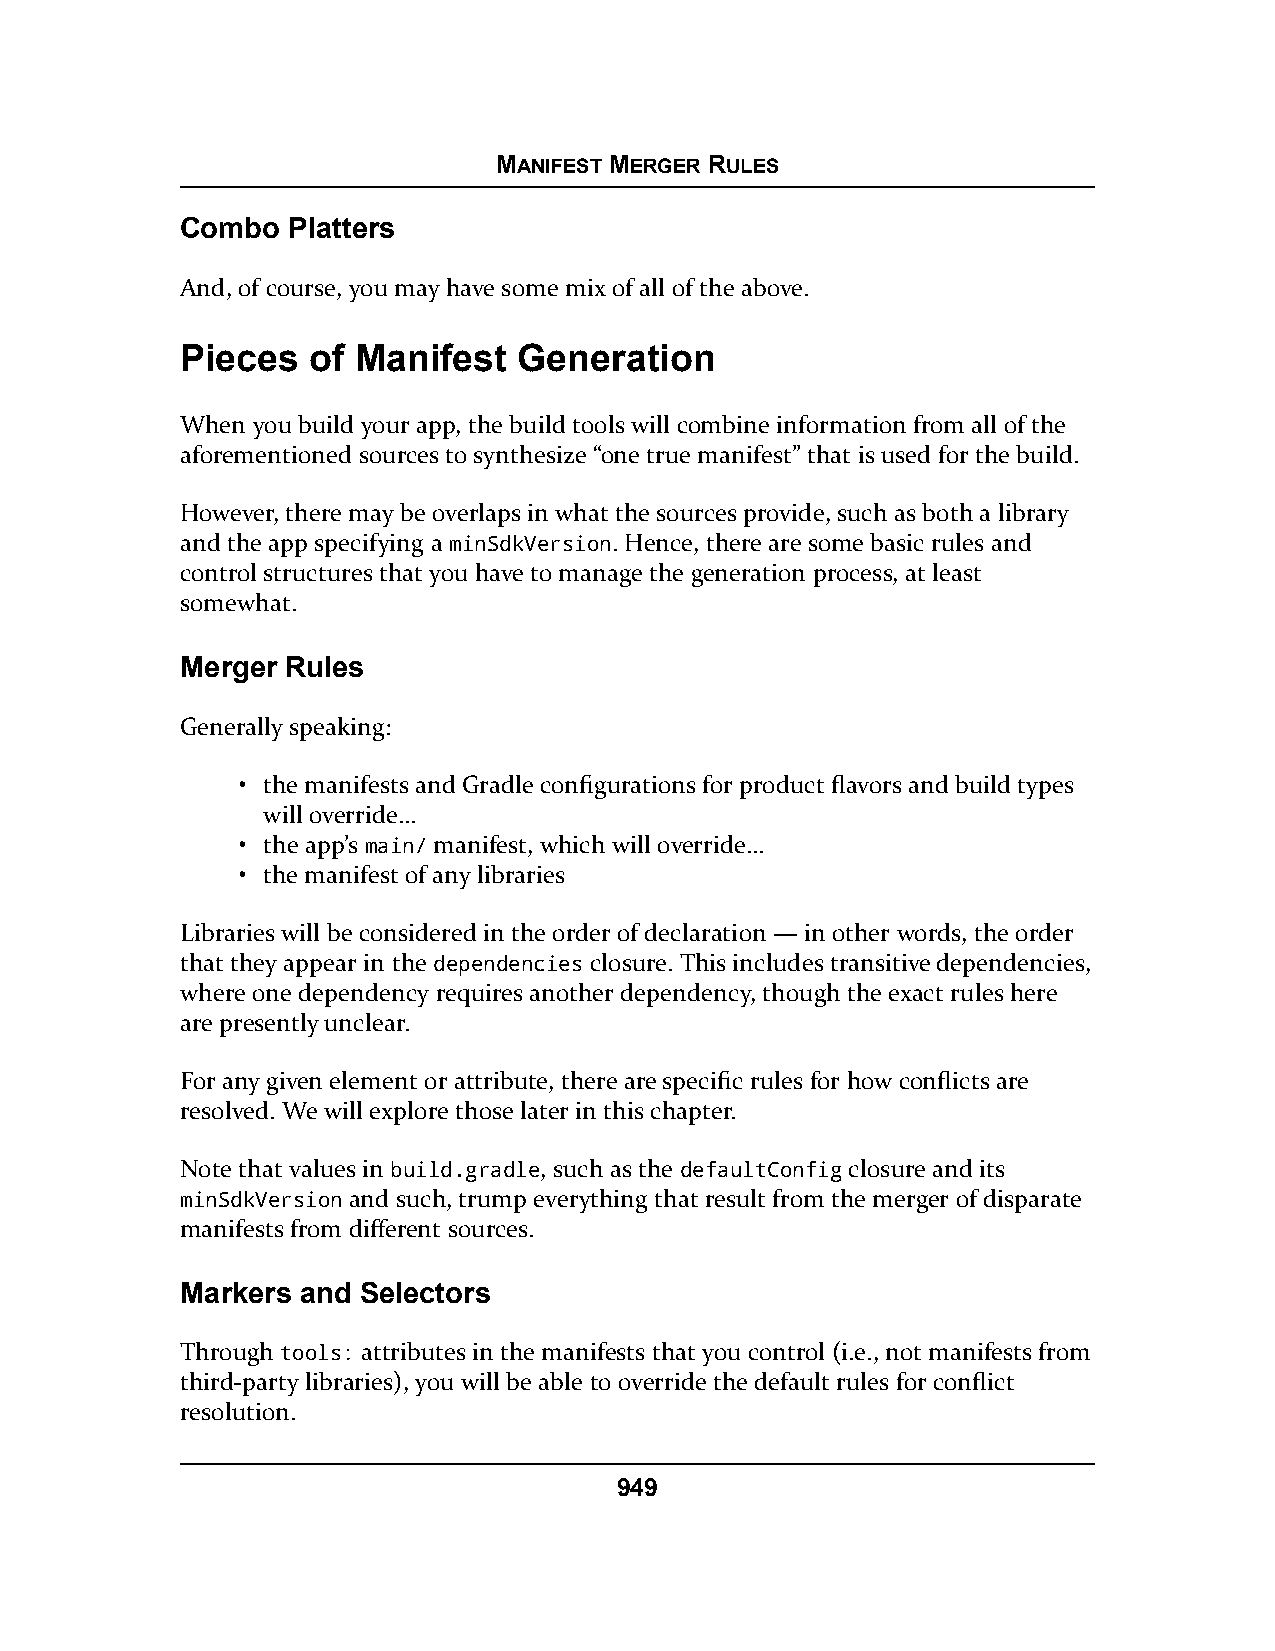
MANIFEST MERGER RULES
 Combo  Platters
 And, of course, you may have some mix of all of the above.
 Pieces  of Manifest   Generation
 When you build your app, the build tools will combine information from all of the
 aforementioned sources to synthesize “one true manifest” that is used for the build.
 However, there may be overlaps in what the sources provide, such as both a library
 and the app specifying a minSdkVersion. Hence, there are some basic rules and
 control structures that you have to manage the generation process, at least
 somewhat.
 Merger Rules
 Generally speaking:
 • the manifests and Gradle configurations for product flavors and build types
 will override…
 • the app’s main/ manifest, which will override…
 • the manifest of any libraries
 Libraries will be considered in the order of declaration — in other words, the order
 that they appear in the dependencies closure. This includes transitive dependencies,
 where one dependency requires another dependency, though the exact rules here
 are presently unclear.
 For any given element or attribute, there are specific rules for how conflicts are
 resolved. We will explore those later in this chapter.
 Note that values in build.gradle, such as the defaultConfig closure and its
 minSdkVersion and such, trump everything that result from the merger of disparate
 manifests from different sources.
 Markers and Selectors
 Through tools: attributes in the manifests that you control (i.e., not manifests from
 third-party libraries), you will be able to override the default rules for conflict
 resolution.
 949